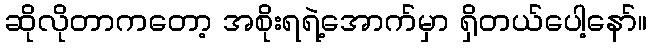
ဆိုလိုတာကတော့ အစိုးရရဲ့အောက်မှာ ရှိတယ်ပေါ့နော်။